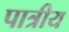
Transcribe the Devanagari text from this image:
पात्रीय